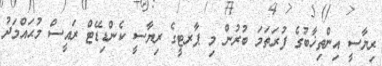
ރިޔާސީ އިންތިޚާބުގެ ފުރަތަމަ ބުރުން މި ޕާރޓީގެ ރިޔާސީ ކެންޑިޑޭޓް ރައީސް މުޙައްމަދު